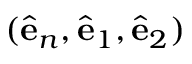
( \ensuremath { \hat { \mathbf { e } } } _ { n } , \ensuremath { \hat { \mathbf { e } } } _ { 1 } , \ensuremath { \hat { \mathbf { e } } } _ { 2 } )